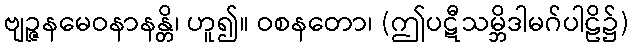
ဗျဉ္ဇနမေဝနာနန္တိ၊ ဟူ၍။ ဝစနတော၊ (ဤပဋီသမ္ဘိဒါမဂ်ပါဠိ၌)